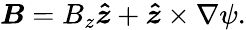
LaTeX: \boldsymbol{B}=B_{z}\boldsymbol{\hat{z}}+\boldsymbol{\hat{z}}\times\nabla\psi.